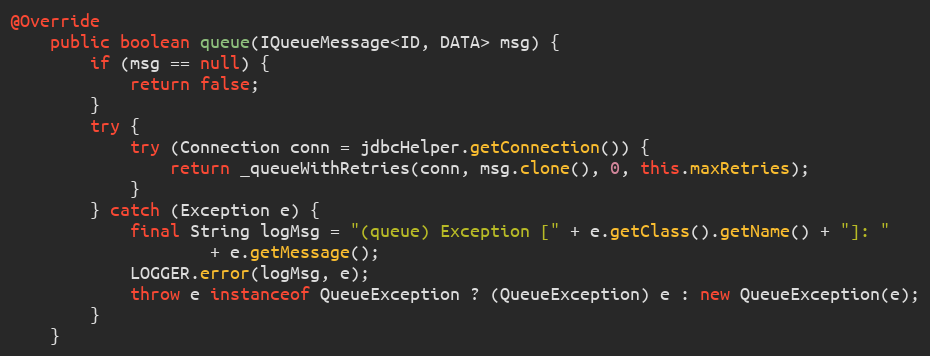
Language: Java
@Override
    public boolean queue(IQueueMessage<ID, DATA> msg) {
        if (msg == null) {
            return false;
        }
        try {
            try (Connection conn = jdbcHelper.getConnection()) {
                return _queueWithRetries(conn, msg.clone(), 0, this.maxRetries);
            }
        } catch (Exception e) {
            final String logMsg = "(queue) Exception [" + e.getClass().getName() + "]: "
                    + e.getMessage();
            LOGGER.error(logMsg, e);
            throw e instanceof QueueException ? (QueueException) e : new QueueException(e);
        }
    }